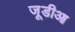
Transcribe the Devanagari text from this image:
जूडीआ